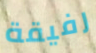
رفيقة